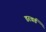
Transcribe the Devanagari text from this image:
डरवर्ड